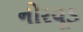
નોરવૂડ